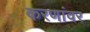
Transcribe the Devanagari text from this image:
करणांवर